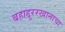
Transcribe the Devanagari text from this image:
बहाद्दुररखानाचा